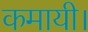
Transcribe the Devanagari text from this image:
कमायी।